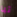
تيا